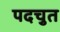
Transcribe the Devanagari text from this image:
पदचुत